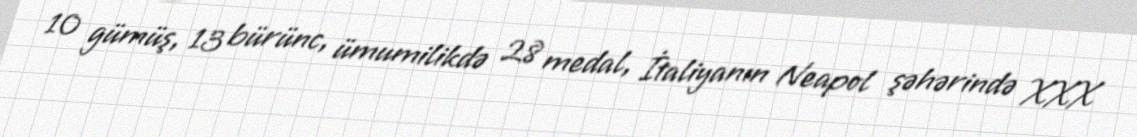
10 gümüş, 13 bürünc, ümumilikdə 28 medal, İtaliyanın Neapol şəhərində XXX